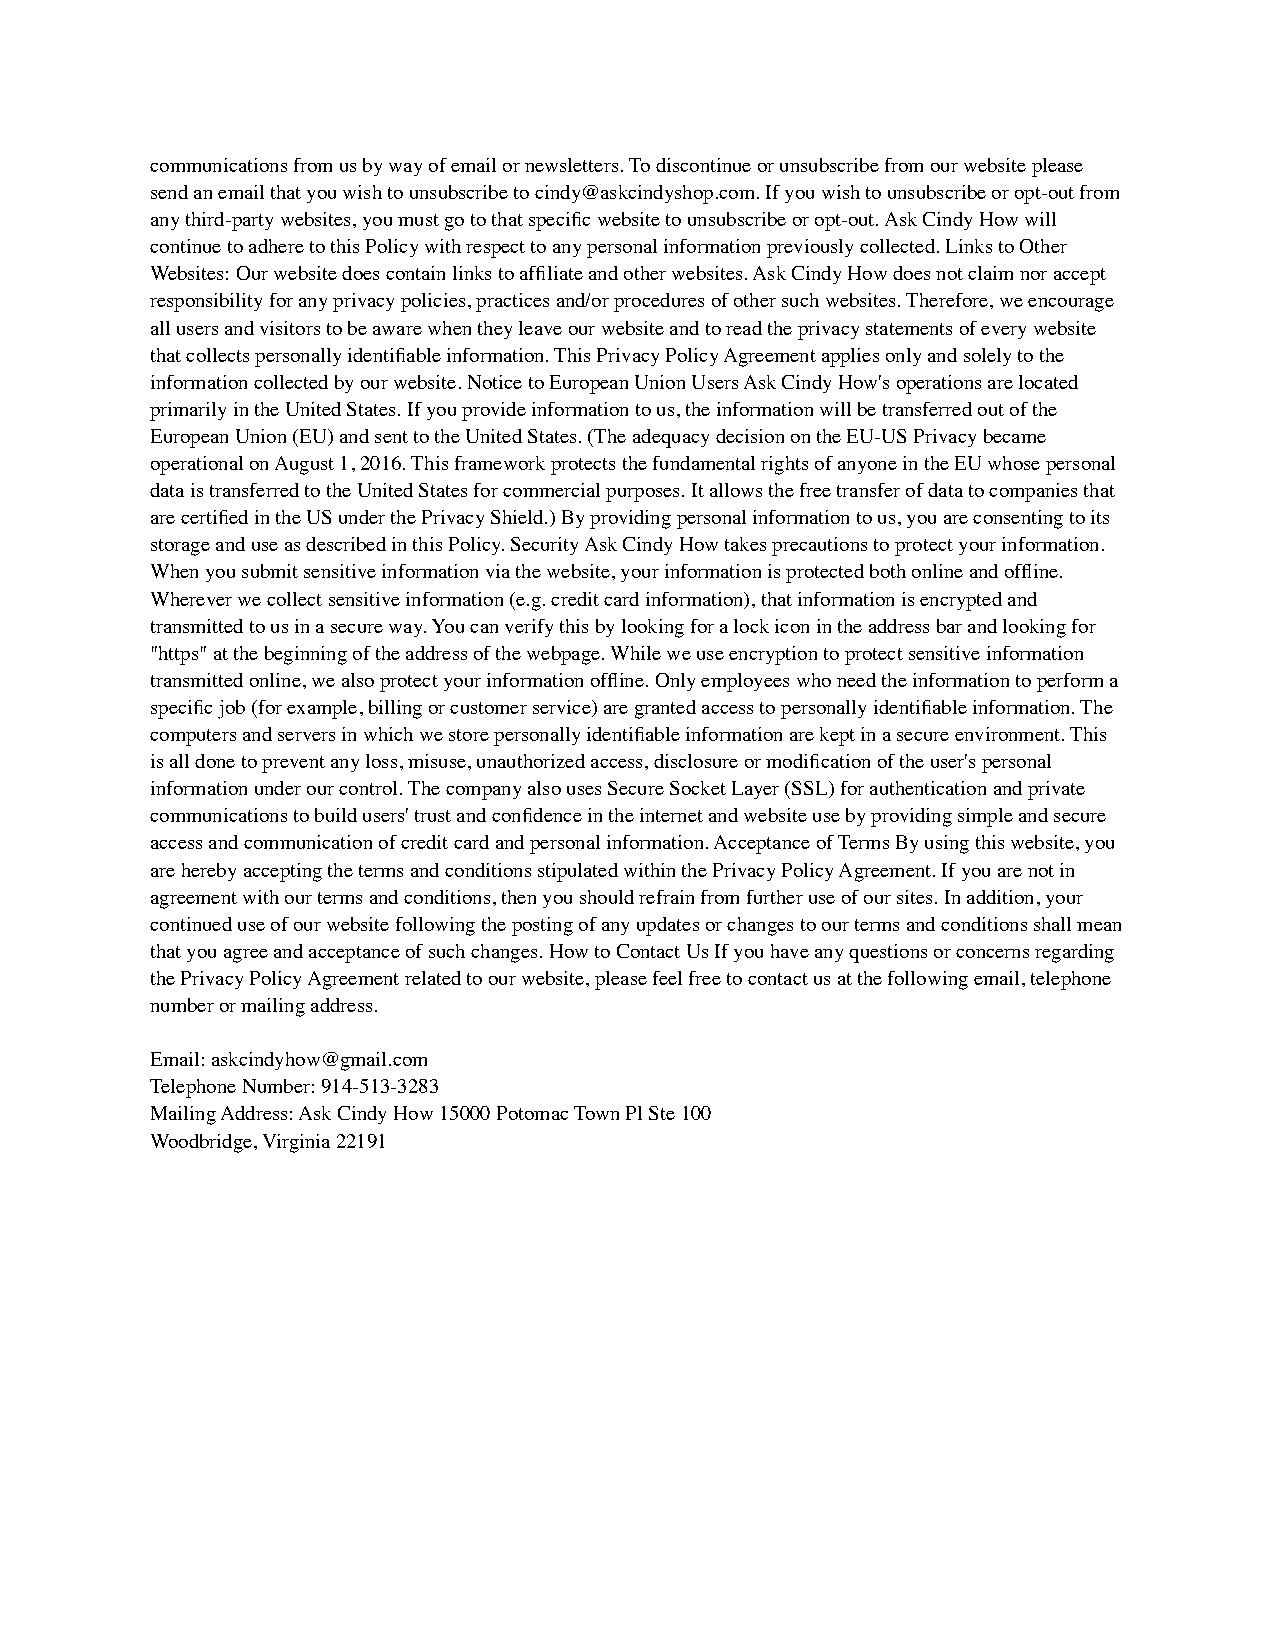
communications from us by way of email or newsletters. To discontinue or unsubscribe from our website please
 send an email that you wish to unsubscribe to cindy@askcindyshop.com. If you wish to unsubscribe or opt-out from
 any third-party websites, you must go to that specific website to unsubscribe or opt-out. Ask Cindy How will
 continue to adhere to this Policy with respect to any personal information previously collected. Links to Other
 Websites: Our website does contain links to affiliate and other websites. Ask Cindy How does not claim nor accept
 responsibility for any privacy policies, practices and/or procedures of other such websites. Therefore, we encourage
 all users and visitors to be aware when they leave our website and to read the privacy statements of every website
 that collects personally identifiable information. This Privacy Policy Agreement applies only and solely to the
 information collected by our website. Notice to European Union Users Ask Cindy How's operations are located
 primarily in the United States. If you provide information to us, the information will be transferred out of the
 European Union (EU) and sent to the United States. (The adequacy decision on the EU-US Privacy became
 operational on August 1, 2016. This framework protects the fundamental rights of anyone in the EU whose personal
 data is transferred to the United States for commercial purposes. It allows the free transfer of data to companies that
 are certified in the US under the Privacy Shield.) By providing personal information to us, you are consenting to its
 storage and use as described in this Policy. Security Ask Cindy How takes precautions to protect your information.
 When you submit sensitive information via the website, your information is protected both online and offline.
 Wherever we collect sensitive information (e.g. credit card information), that information is encrypted and
 transmitted to us in a secure way. You can verify this by looking for a lock icon in the address bar and looking for
 "https" at the beginning of the address of the webpage. While we use encryption to protect sensitive information
 transmitted online, we also protect your information offline. Only employees who need the information to perform a
 specific job (for example, billing or customer service) are granted access to personally identifiable information. The
 computers and servers in which we store personally identifiable information are kept in a secure environment. This
 is all done to prevent any loss, misuse, unauthorized access, disclosure or modification of the user's personal
 information under our control. The company also uses Secure Socket Layer (SSL) for authentication and private
 communications to build users' trust and confidence in the internet and website use by providing simple and secure
 access and communication of credit card and personal information. Acceptance of Terms By using this website, you
 are hereby accepting the terms and conditions stipulated within the Privacy Policy Agreement. If you are not in
 agreement with our terms and conditions, then you should refrain from further use of our sites. In addition, your
 continued use of our website following the posting of any updates or changes to our terms and conditions shall mean
 that you agree and acceptance of such changes. How to Contact Us If you have any questions or concerns regarding
 the Privacy Policy Agreement related to our website, please feel free to contact us at the following email, telephone
 number or mailing address.
 Email: askcindyhow@gmail.com
 Telephone Number: 914-513-3283
 Mailing Address: Ask Cindy How 15000 Potomac Town Pl Ste 100
 Woodbridge, Virginia 22191